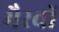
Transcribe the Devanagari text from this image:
भैरवों